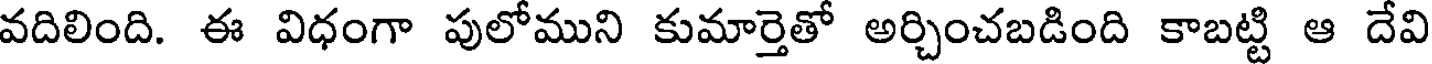
వదిలింది. ఈ విధంగా పులోముని కుమార్తెతో అర్చించబడింది కాబట్టి ఆ దేవి